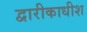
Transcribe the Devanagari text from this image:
द्वारीकाधीश